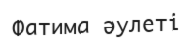
Фатима әулеті